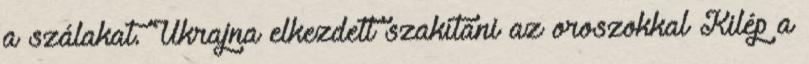
a szálakat. Ukrajna elkezdett szakítani az oroszokkal Kilép a